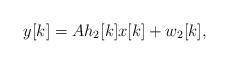
LaTeX: \begin{align*}y[k]=Ah_2[k]x[k]+w_2[k],\end{align*}